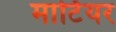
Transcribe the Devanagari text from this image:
मार्टियर